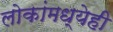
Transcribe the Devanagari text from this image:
लोकांमध्येही